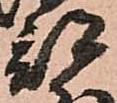
部